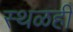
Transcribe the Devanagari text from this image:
स्थळही